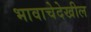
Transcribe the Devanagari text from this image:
भावाचेदेखील